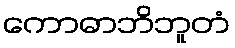
ကောဓာဘိဘူတံ